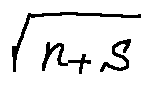
\sqrt { n + S }